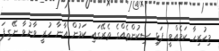
މިހުރިިހާ ކަމެއްވީ ފަޅި ސިކުންތެއްގެ ތެރޭގައި ކަމުން އާނާ ހުރީ ވާނުވާ ނޭގިފަ